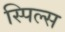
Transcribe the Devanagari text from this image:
स्पिल्स